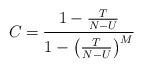
LaTeX: \begin{align*}C_{}=\frac{1-\frac{T}{N-U}}{1-\left(\frac{T}{N-U}\right)^M}\end{align*}